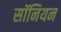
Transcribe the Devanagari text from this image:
सॉनियन